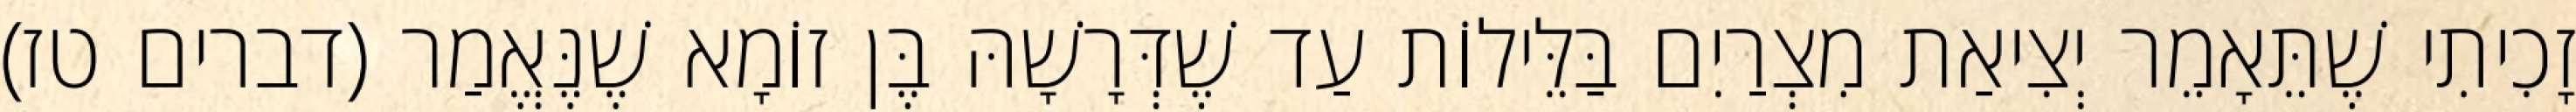
זָכִיתִי שֶׁתֵּאָמֵר יְצִיאַת מִצְרַיִם בַּלֵּילוֹת עַד שֶׁדְּרָשָׁהּ בֶּן זוֹמָא שֶׁנֶּאֱמַר (דברים טז)